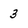
Character: 3